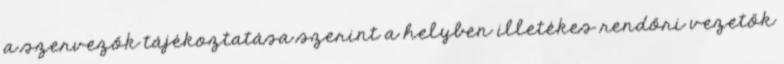
a szervezők tájékoztatása szerint a helyben illetékes rendőri vezetők